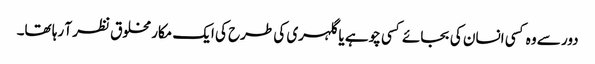
دور سے وہ کسی انسان کی بجائے کسی چوہے یا گلہری کی طرح کی ایک مکار مخلوق نظر آ رہا تھا۔